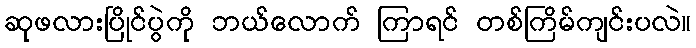
ဆုဖလားပြိုင်ပွဲကို ဘယ်လောက် ကြာရင် တစ်ကြိမ်ကျင်းပလဲ။